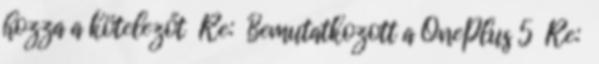
hozza a kötelezőt Re: Bemutatkozott a OnePlus 5 Re: